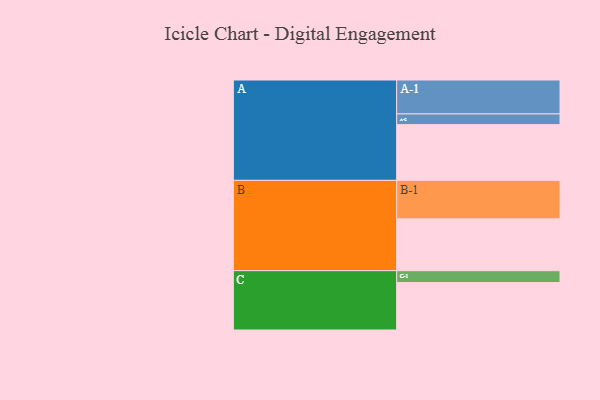
{"axis": {"x": "Segment", "y": "Value"}, "legend": ["", "A", "B", "C"], "data": [{"x": "A", "y": 432, "type": ""}, {"x": "B", "y": 402, "type": ""}, {"x": "C", "y": 368, "type": ""}, {"x": "A-1", "y": 263, "type": "A"}, {"x": "A-2", "y": 83, "type": "A"}, {"x": "B-1", "y": 298, "type": "B"}, {"x": "C-1", "y": 92, "type": "C"}]}